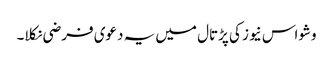
وشواس نیوز کی پڑتال میں یہ دعوی فرضی نکلا۔